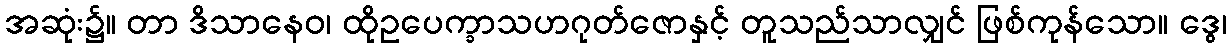
အဆုံး၌။ တာ ဒိသာနေဝ၊ ထိုဥပေက္ခာသဟဂုတ်ဇောနှင့် တူသည်သာလျှင် ဖြစ်ကုန်သော။ ဒွေ၊